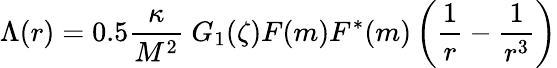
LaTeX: \Lambda(r)=0.5\frac{\kappa}{M^{2}}~G_{1}(\zeta)F(m)F^{*}(m)\left(\frac{1}{r}-\frac{1}{r^{3}}\right)